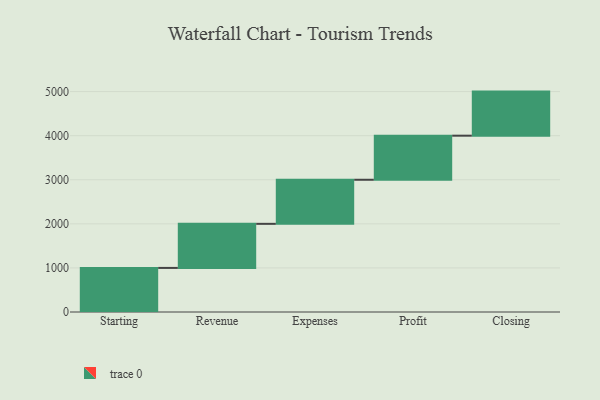
{"axis": {"x": "Step", "y": "Value"}, "legend": [""], "data": [{"x": "Starting", "y": 1000, "type": ""}, {"x": "Revenue", "y": 1000, "type": ""}, {"x": "Expenses", "y": 1000, "type": ""}, {"x": "Profit", "y": 1000, "type": ""}, {"x": "Closing", "y": 1000, "type": ""}]}